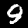
Label: 9